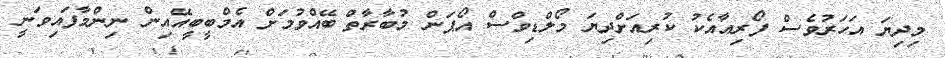
މިދިޔަ އަހަރުވެސް ފޯރިއާއެކު ކުރިއަށްދިޔަ މޯލްޑިވްސް އޯޕަން މުބާރާތް ބޭއްވުމަށް އެމްބީބީއޭއިން ނިންމާފައިވަނީ